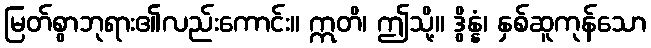
မြတ်စွာဘုရား၏လည်းကောင်း။ ဣတိ၊ ဤသို့။ ဒွိန္နံ၊ နှစ်ဆူကုန်သော